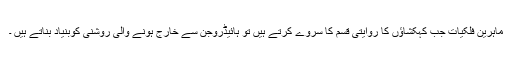
ماہرین فلکیات جب کہکشاؤں کا روایتی قسم کا سروے کرتے ہیں تو ہائیڈروجن سے خارج ہونے والی روشنی کوبنیاد بناتے ہیں ۔